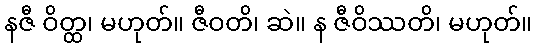
နဇီ ဝိတ္ထ၊ မဟုတ်။ ဇီဝတိ၊ ဆဲ။ န ဇီဝိဿတိ၊ မဟုတ်။